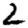
Digit: 2